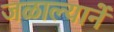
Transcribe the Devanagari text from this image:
जळाल्यानें